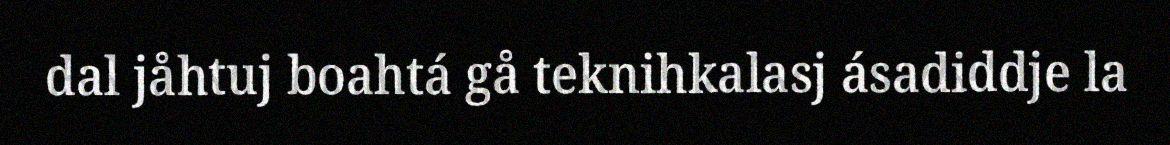
dal jåhtuj boahtá gå teknihkalasj ásadiddje la